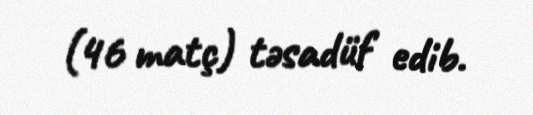
(46 matç) təsadüf edib.